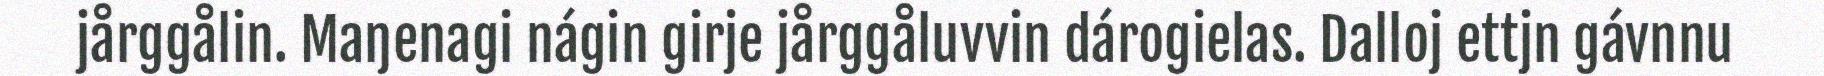
jårggålin. Maŋenagi nágin girje jårggåluvvin dárogielas. Dalloj ettjn gávnnu